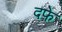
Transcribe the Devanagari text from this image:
दफ़े